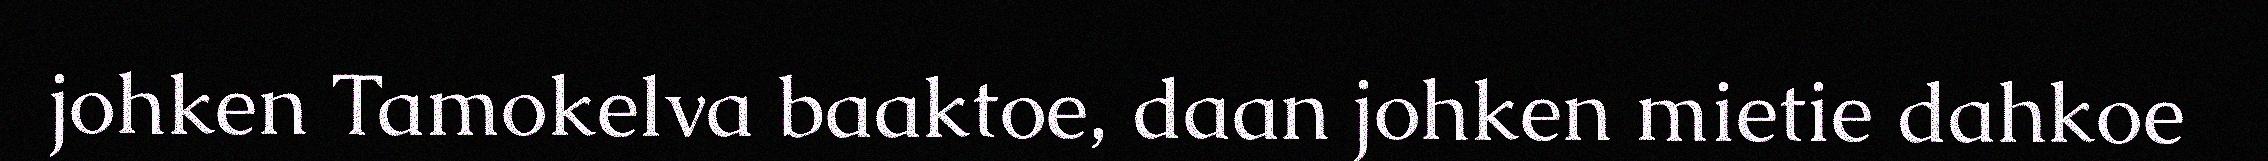
johken Tamokelva baaktoe, daan johken mietie dahkoe